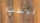
ليست